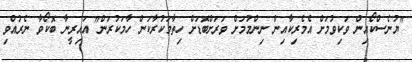
"ޔުނެސްކޯއިން ވަކިވުމަށް އެމެރިކާއިން ނިންމުމަށް ވަރަށްބޮޑަށް ހިތާމަކުރާކަން ހާމަކުރަން" އައިރީނާ ބޮކޯވާ ނެރުއްވި